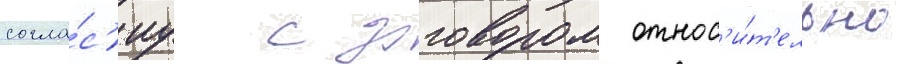
согла́с'иу с договором относ'и́т'ельно